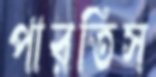
পারতিস